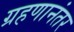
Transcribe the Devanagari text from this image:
ग्रहणानंतर